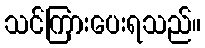
သင်ကြားပေးရသည်။